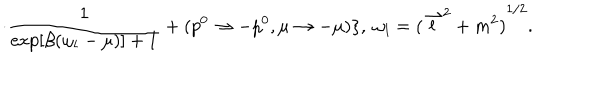
LaTeX: \cdot \frac { 1 } { \exp [ \beta ( \omega _ { l } - \mu ) ] + 1 } + ( p ^ { 0 } \to - p ^ { 0 } , \mu \to - \mu ) \} , \ \omega _ { l } = { ( { \stackrel { \rightharpoonup } { l } } ^ { 2 } + m ^ { 2 } ) } ^ { 1 / 2 } .